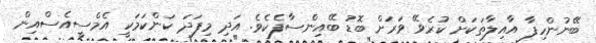
ބޭނުންހިފާ އާއިލާތަކަށް ކުރެވޭ ވަރަށް ބޮޑު ބޭއިންސާފެކެވެ. އަދި މިފަދަ ކަންކަމަކީ އެމްސީއެސްއިން